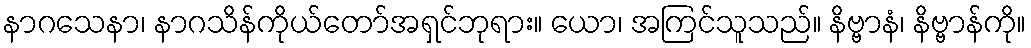
နာဂသေနာ၊ နာဂသိန်ကိုယ်တော်အရှင်ဘုရား။ ယော၊ အကြင်သူသည်။ နိဗ္ဗာနံ၊ နိဗ္ဗာန်ကို။